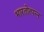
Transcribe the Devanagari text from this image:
भारतोत्पन्न